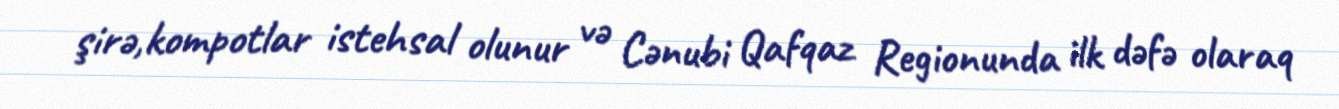
şirə,kompotlar istehsal olunur və Cənubi Qafqaz Regionunda ilk dəfə olaraq